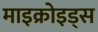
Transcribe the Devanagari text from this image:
माइक्रोइड्स